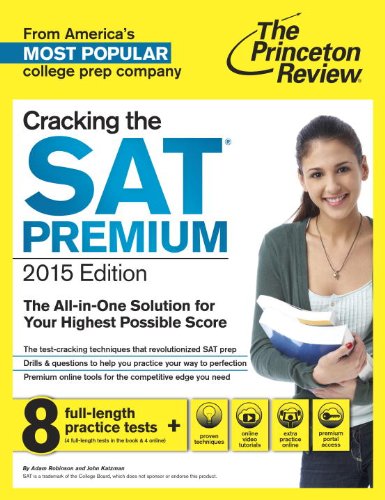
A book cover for Cracking the SAT Premium Edition with 8 Practice Tests, 2015 (College Test Preparation); Princeton Review; Test Preparation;